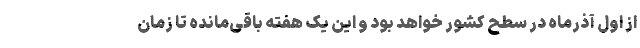
از اول آذرماه در سطح کشور خواهد بود و این یک هفته باقی‌مانده تا زمان